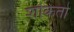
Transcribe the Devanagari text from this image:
शकितो